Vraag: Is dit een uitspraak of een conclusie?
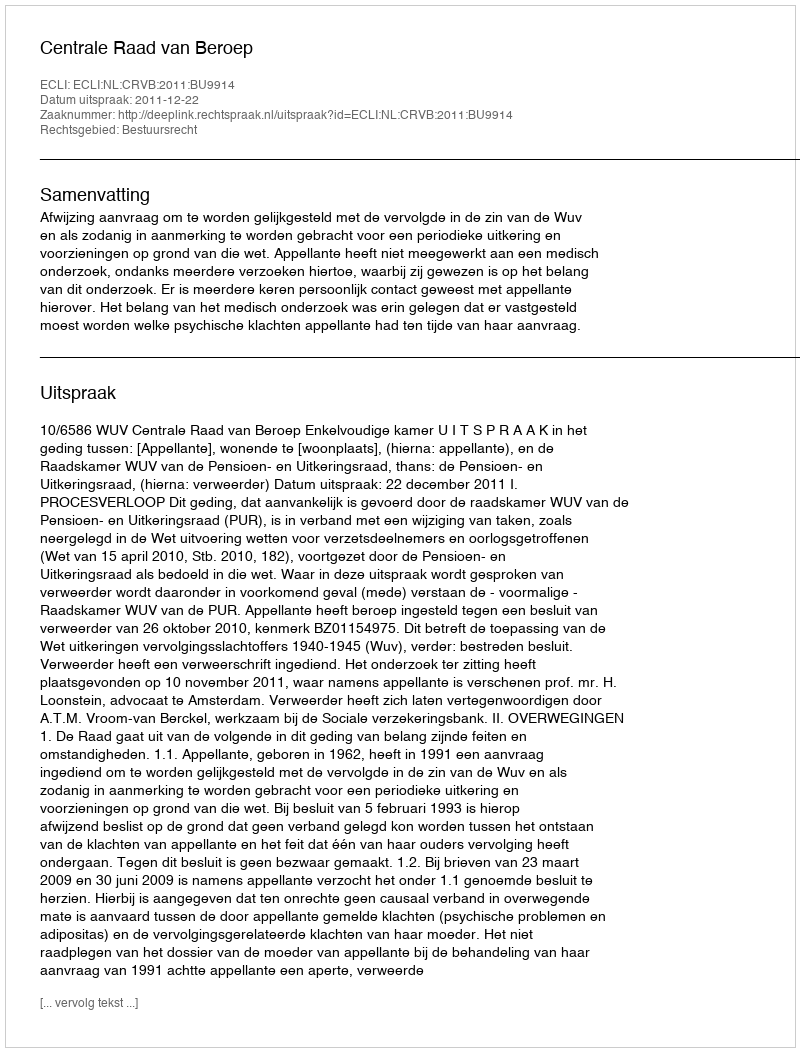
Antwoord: Uitspraak